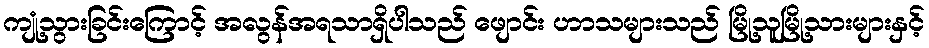
ကျုံ့သွားခြင်းကြောင့် အလွန်အရသာရှိပါသည် ဖျောင်း ဟာသများသည် မြို့သူမြို့သားများနှင့်